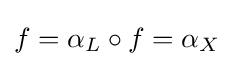
f=\alpha _{L}\circ f=\alpha _{X}